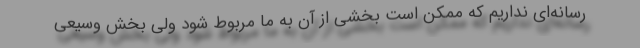
رسانه‌ای نداریم که ممکن است بخشی از آن به ما مربوط شود ولی بخش وسیعی